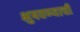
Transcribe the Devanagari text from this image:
भुषवण्याची